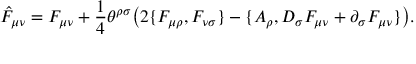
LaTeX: \hat { F } _ { \mu \nu } = F _ { \mu \nu } + { \frac { 1 } { 4 } } \theta ^ { \rho \sigma } \big ( 2 \{ F _ { \mu \rho } , F _ { \nu \sigma } \} - \{ A _ { \rho } , D _ { \sigma } F _ { \mu \nu } + \partial _ { \sigma } F _ { \mu \nu } \} \big ) .